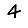
Digit: 4